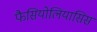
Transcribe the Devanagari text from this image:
फैसियोलियासिस